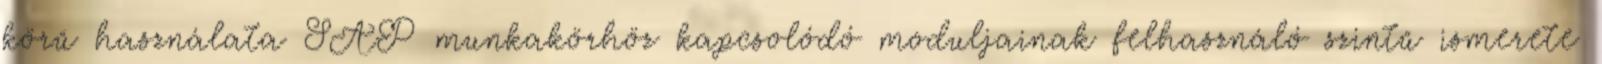
körű használata SAP munkakörhöz kapcsolódó moduljainak felhasználó szintű ismerete